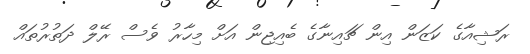
ރަޝިއާގެ ކަޒަން އިން ޗައިނާގެ ބެއިޖިން އަށް މިހާރު ވެސް ރޭލް ދަތުރުތައް